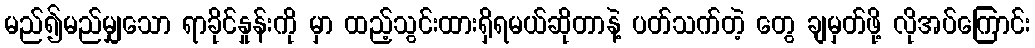
မည်၍မည်မျှသော ရာခိုင်နှုန်းကို မှာ ထည့်သွင်းထားရှိရမယ်ဆိုတာနဲ့ ပတ်သက်တဲ့ တွေ ချမှတ်ဖို့ လိုအပ်ကြောင်း